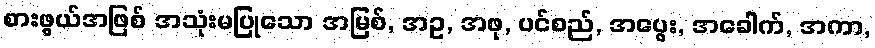
စားဖွယ်အဖြစ် အသုံးမပြုသော အမြစ်, အဥ, အဖု, ပင်စည်, အပွေး, အခေါက်, အကာ,